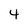
Character: 4